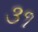
૩૧